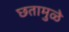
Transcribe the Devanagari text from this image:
छतामुळे